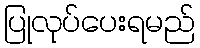
ပြုလုပ်ပေးရမည်